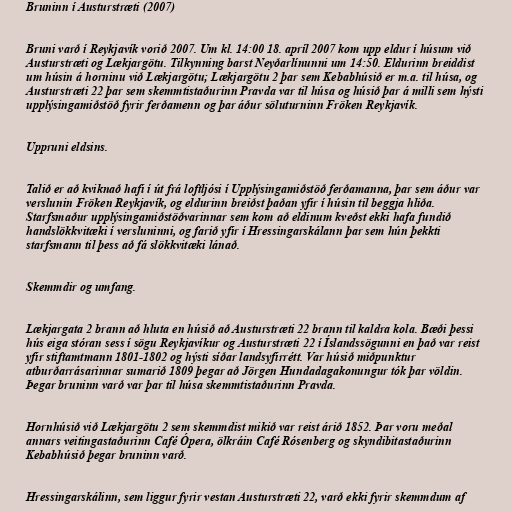
Bruninn í Austurstræti (2007)

Bruni varð í Reykjavík vorið 2007. Um kl. 14:00 18. apríl 2007 kom upp eldur í húsum við
Austurstræti og Lækjargötu. Tilkynning barst Neyðarlínunni um 14:50. Eldurinn breiddist
um húsin á horninu við Lækjargötu; Lækjargötu 2 þar sem Kebabhúsið er m.a. til húsa, og
Austurstræti 22 þar sem skemmtistaðurinn Pravda var til húsa og húsið þar á milli sem hýsti
upplýsingamiðstöð fyrir ferðamenn og þar áður söluturninn Fröken Reykjavík.

Uppruni eldsins.

Talið er að kviknað hafi í út frá loftljósi í Upplýsingamiðstöð ferðamanna, þar sem áður var
verslunin Fröken Reykjavík, og eldurinn breiðst þaðan yfir í húsin til beggja hliða.
Starfsmaður upplýsingamiðstöðvarinnar sem kom að eldinum kveðst ekki hafa fundið
handslökkvitæki í versluninni, og farið yfir í Hressingarskálann þar sem hún þekkti
starfsmann til þess að fá slökkvitæki lánað.

Skemmdir og umfang.

Lækjargata 2 brann að hluta en húsið að Austurstræti 22 brann til kaldra kola. Bæði þessi
hús eiga stóran sess í sögu Reykjavíkur og Austurstræti 22 í Íslandssögunni en það var reist
yfir stiftamtmann 1801-1802 og hýsti síðar landsyfirrétt. Var húsið miðpunktur
atburðarrásarinnar sumarið 1809 þegar að Jörgen Hundadagakonungur tók þar völdin.
Þegar bruninn varð var þar til húsa skemmtistaðurinn Pravda.

Hornhúsið við Lækjargötu 2 sem skemmdist mikið var reist árið 1852. Þar voru meðal
annars veitingastaðurinn Café Ópera, ölkráin Café Rósenberg og skyndibitastaðurinn
Kebabhúsið þegar bruninn varð.

Hressingarskálinn, sem liggur fyrir vestan Austurstræti 22, varð ekki fyrir skemmdum af